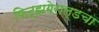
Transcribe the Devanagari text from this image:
फिट्झगेराल्डचा